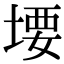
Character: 㙘